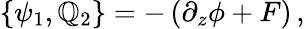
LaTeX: \{ \psi_{1},\mathbb{Q}_{2}\} =-\left(\partial_{z}\phi+F\right)\, ,